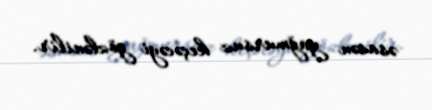
əsasən yağmursuz keçəcəyi gözlənilir.